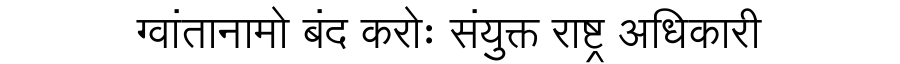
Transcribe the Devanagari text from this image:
ग्वांतानामो बंद करोः संयुक्त राष्ट्र अधिकारी